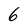
Character: 6